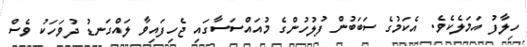
ހިލާފު އަމަލެކެވެ. އެކަމުގެ ސަބަބުން ފުލުހުންގެ މުއައްސަސާގައި ޖެހިފައިވާ ލައްގަނޑު ދުވަހަކު ވެސް